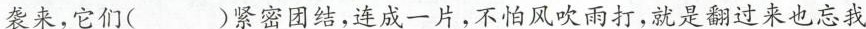
袭来，它们( )紧密团结，连成一片，不怕风吹雨打，就是翻过来也忘我